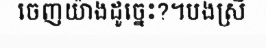
ចេញយ៉ាងដូច្នេះ?។បងស្រី